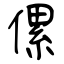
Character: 傫